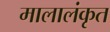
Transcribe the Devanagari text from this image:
मालालंकृत